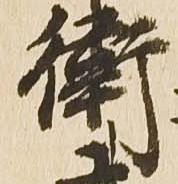
衛